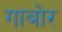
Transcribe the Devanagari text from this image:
गाबोर